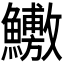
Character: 𬵶